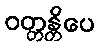
ဝတ္တန္တိပေ